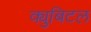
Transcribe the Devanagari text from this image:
क्युबिटल